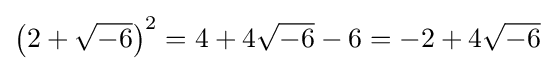
\left(2+{\sqrt {-6}}\right)^{2}=4+4{\sqrt {-6}}-6=-2+4{\sqrt {-6}}